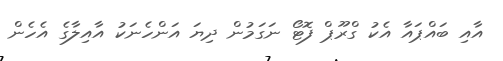
އާއި ބައްޕައާ އެކު ގްރޫޕް ފޮޓޯ ނަގަމުން ދިޔަ އަންހެނަކު އާއިލާގެ އެހެން